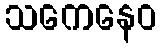
သကေနေဝ